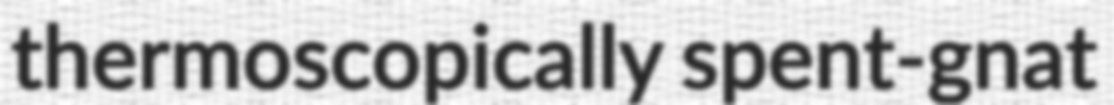
thermoscopically spent-gnat